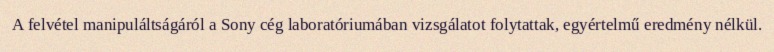
A felvétel manipuláltságáról a Sony cég laboratóriumában vizsgálatot folytattak, egyértelmű eredmény nélkül.